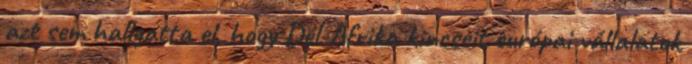
azt sem hallgatta el, hogy Dél-Afrika kincseit európai vállalatok